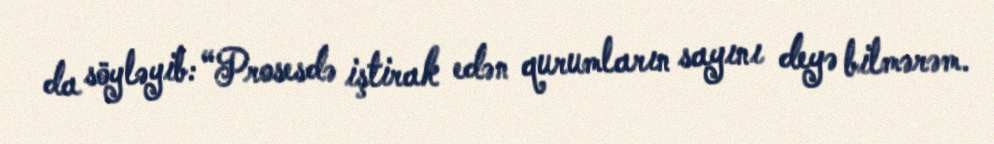
da söyləyib: “Prosesdə iştirak edən qurumların sayını deyə bilmərəm.